Civil Veterinary Dept. Assam report 1927-50 - 1927-1950
Year: 1927
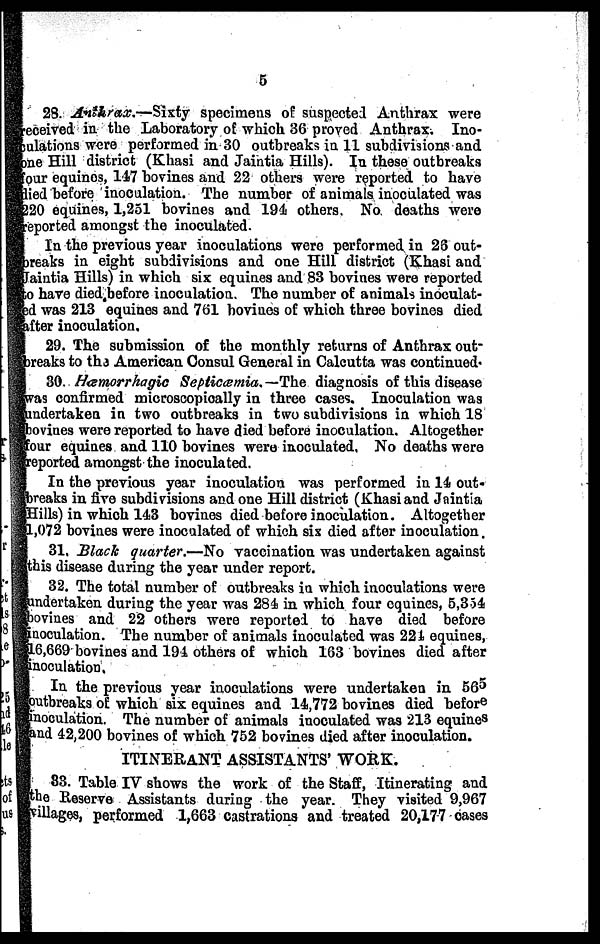
28. Anthrax.—Sixty
specimens of suspected Anthrax were
received in the Laboratory of which 36 proved Anthrax; Ino-
culations were performed in 30 outbreaks in 11 subdivisions and
one Hill district (Khasi and Jaintia Hills). In these outbreaks
tour equines, 147 bovines and 22 others were reported to have
died before inoculation. The number of animals inoculated was
220 equines, 1,251 bovines and 194 others. No deaths were
Reported amongst the inoculated.
In the previous year inoculations were performed in 28 out-
breaks in eight subdivisions and one Hill district (Khasi and
Jaintia Hills) in which six equines and 83 bovines were reported
to hare died.before inoculation. The number of animals inoculat-
ed was 213 equines and 761 bovines of which three bovines died
after inoculation,
29. The submission of the monthly returns of Anthrax out-
breaks to the American Consul General in Calcutta was continued.
30. Hæmorrhagic Septicæmia.—The diagnosis of this disease
was confirmed microscopically in three cases. Inoculation was
undertaken in two outbreaks in two subdivisions in which 18
bovines were reported to have died before inoculation. Altogether
four equines and 110 bovines were inoculated. No deaths were
reported amongst the inoculated.
In the previous year inoculation was performed in 14 out-
breaks in five subdivisions and one Hill district (Khasi and Jaintia
Hills) in which 143 bovines died before inoculation. Altogether
1,072 bovines were inoculated of which six died after inoculation.
31. Black quarter.—No vaccination was undertaken against
this disease during the year under report.
32. The total number of outbreaks in which inoculations were
undertaken during the year was 284 in which four equines, 5,354
bovines and 22 others were reported to have died before
inoculation. The number of animals inoculated was 221 equines,
16,669 bovines and 194 others of which 163 bovines died after
inoculation.
In the previous year inoculations were undertaken in 565
outbreaks of which six equines and 14,772 bovines died before
inoculation. The number of animals inoculated was 213 equines
and 42,200 bovines of which 752 bovines died after inoculation.
ITINERANT ASSISTANTS' WORK.
83. Table IV shows the work of the Staff, Itinerating and
the Reserve Assistants during the year. They visited 9,967
villages, performed 1,663 castrations and treated 20,177 oases